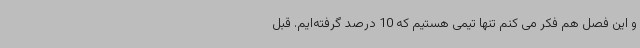
و این فصل هم فکر می کنم تنها تیمی هستیم که 10 درصد گرفته‌ایم. قبل